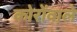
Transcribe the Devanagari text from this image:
कोरोंवाले